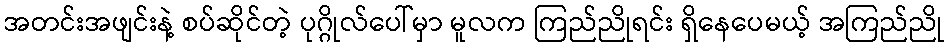
အတင်းအဖျင်းနဲ့ စပ်ဆိုင်တဲ့ ပုဂ္ဂိုလ်ပေါ်မှာ မူလက ကြည်ညိုရင်း ရှိနေပေမယ့် အကြည်ညို